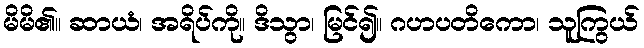
မိမိ၏။ ဆာယံ၊ အရိပ်ကို။ ဒိသွာ၊ မြင်၍။ ဂဟပတိကော၊ သူကြွယ်